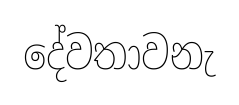
දේවතාවනැ